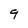
Character: 9